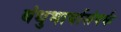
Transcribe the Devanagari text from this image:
बंधुभार्यासंपर्क